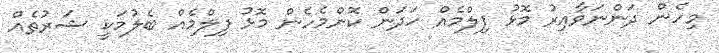
މިހެން ދަންނަވާއިރު މޮޅު ފިލްމެއް ހަދަން ކޮންމެހެން މޮޅު ފިލްމެއް ބެލުމަކީ ޝަރުތެއް